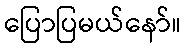
ပြောပြမယ်နော်။